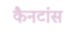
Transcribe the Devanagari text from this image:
कैनटांस